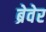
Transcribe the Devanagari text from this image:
ब्रेवेर